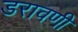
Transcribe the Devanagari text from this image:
डरावणी